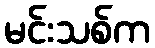
မင်းသစ်က